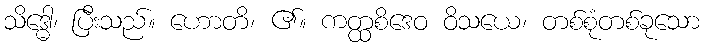
သိဒ္ဓေါ၊ ပြီးသည်။ ဟောတိ၊ ၏။ ကတ္ထစိဒေဝ ဝိသယေ၊ တစ်စုံတစ်ခုသော